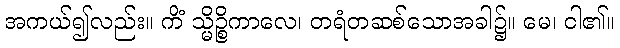
အကယ်၍လည်း။ ကိံ သ္မိဉ္စိကာလေ၊ တရံတဆစ်သောအခါ၌။ မေ၊ ငါ၏။